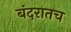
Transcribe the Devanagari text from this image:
बंदरातच